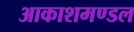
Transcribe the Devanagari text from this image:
आकाशमण्डल